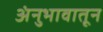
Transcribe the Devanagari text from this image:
अंनुभावातून